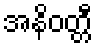
အနိဝတ္တီ